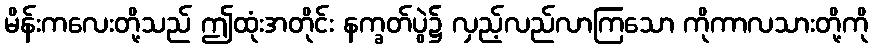
မိန်းကလေးတို့သည် ဤထုံးအတိုင်း နက္ခတ်ပွဲ၌ လှည့်လည်လာကြသော ကိုကာလသားတို့ကို